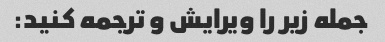
جمله زیر را ویرایش و ترجمه کنید: